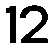
12